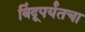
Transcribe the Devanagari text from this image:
बिंदूपर्यंतचा